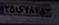
۲۵ی۷۸۷۵۳